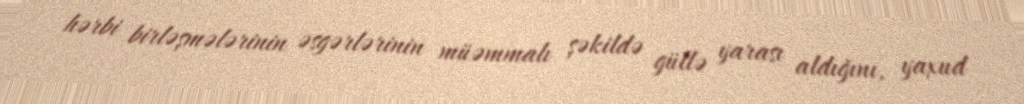
hərbi birləşmələrinin əsgərlərinin müəmmalı şəkildə güllə yarası aldığını, yaxud